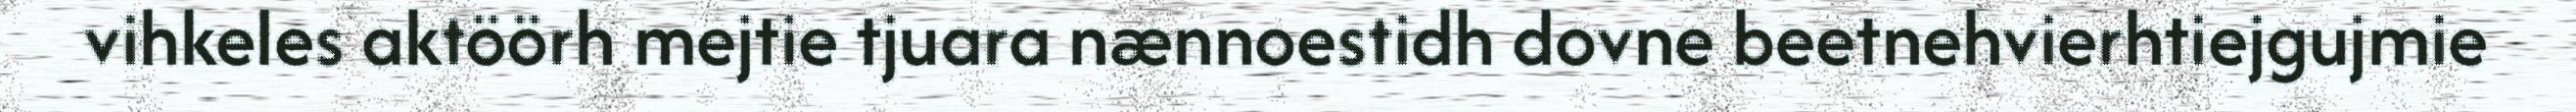
vihkeles aktöörh mejtie tjuara nænnoestidh dovne beetnehvierhtiejgujmie